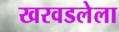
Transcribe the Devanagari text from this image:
खरवडलेला